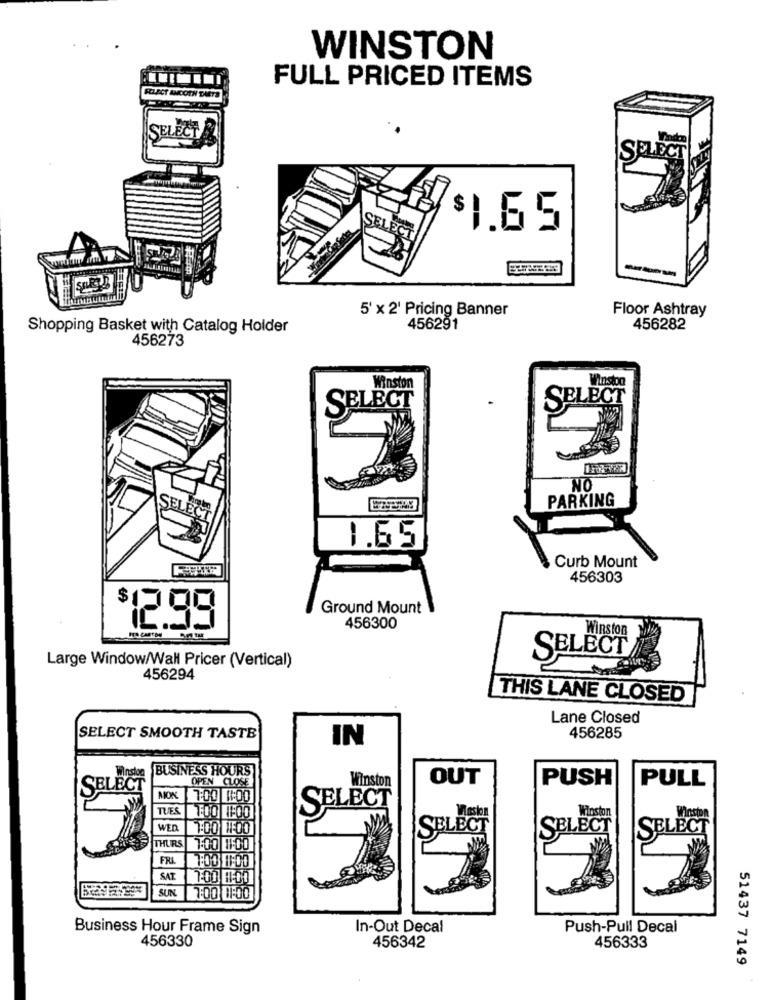
WINSTON
FULL PRICED ITEMS
SELECT ANCOIN DIETS
SELECT
SELECT
$1.65
---
5' x 2' Pricing Banner
Floor Ashtray
Shopping Basket with Catalog Holder
456291
456282
456273
Winston
Winstoo
SELECT
SELECT
NO
PARKING
SELECT
1.65
Curb Mount
456303
Ground Mount
12.99
456300
Winston
SELECT
Large Window/Wall Pricer (Vertical)
456294
THIS LANE CLOSED
Lane Closed
SELECT SMOOTH TASTE
IN
456285
BUSINESS HOURS
Winsłoe
OPEN CLOSE
OUT
PUSH
PULL
SELECT
Winston
MOK
7:00 1:00
TUES
SELECT
Winston
Winston
WED.
7:00 100
SELECT
SELECT
SELECT
THURS
1.00 1:00
FRA
SAT
SUN
7:00 1:00
Business Hour Frame Sign
In-Out Decal
Push-Pull Decal
456330
456342
456333
51437 7149